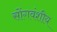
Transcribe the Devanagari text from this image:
सोंगवंशीय